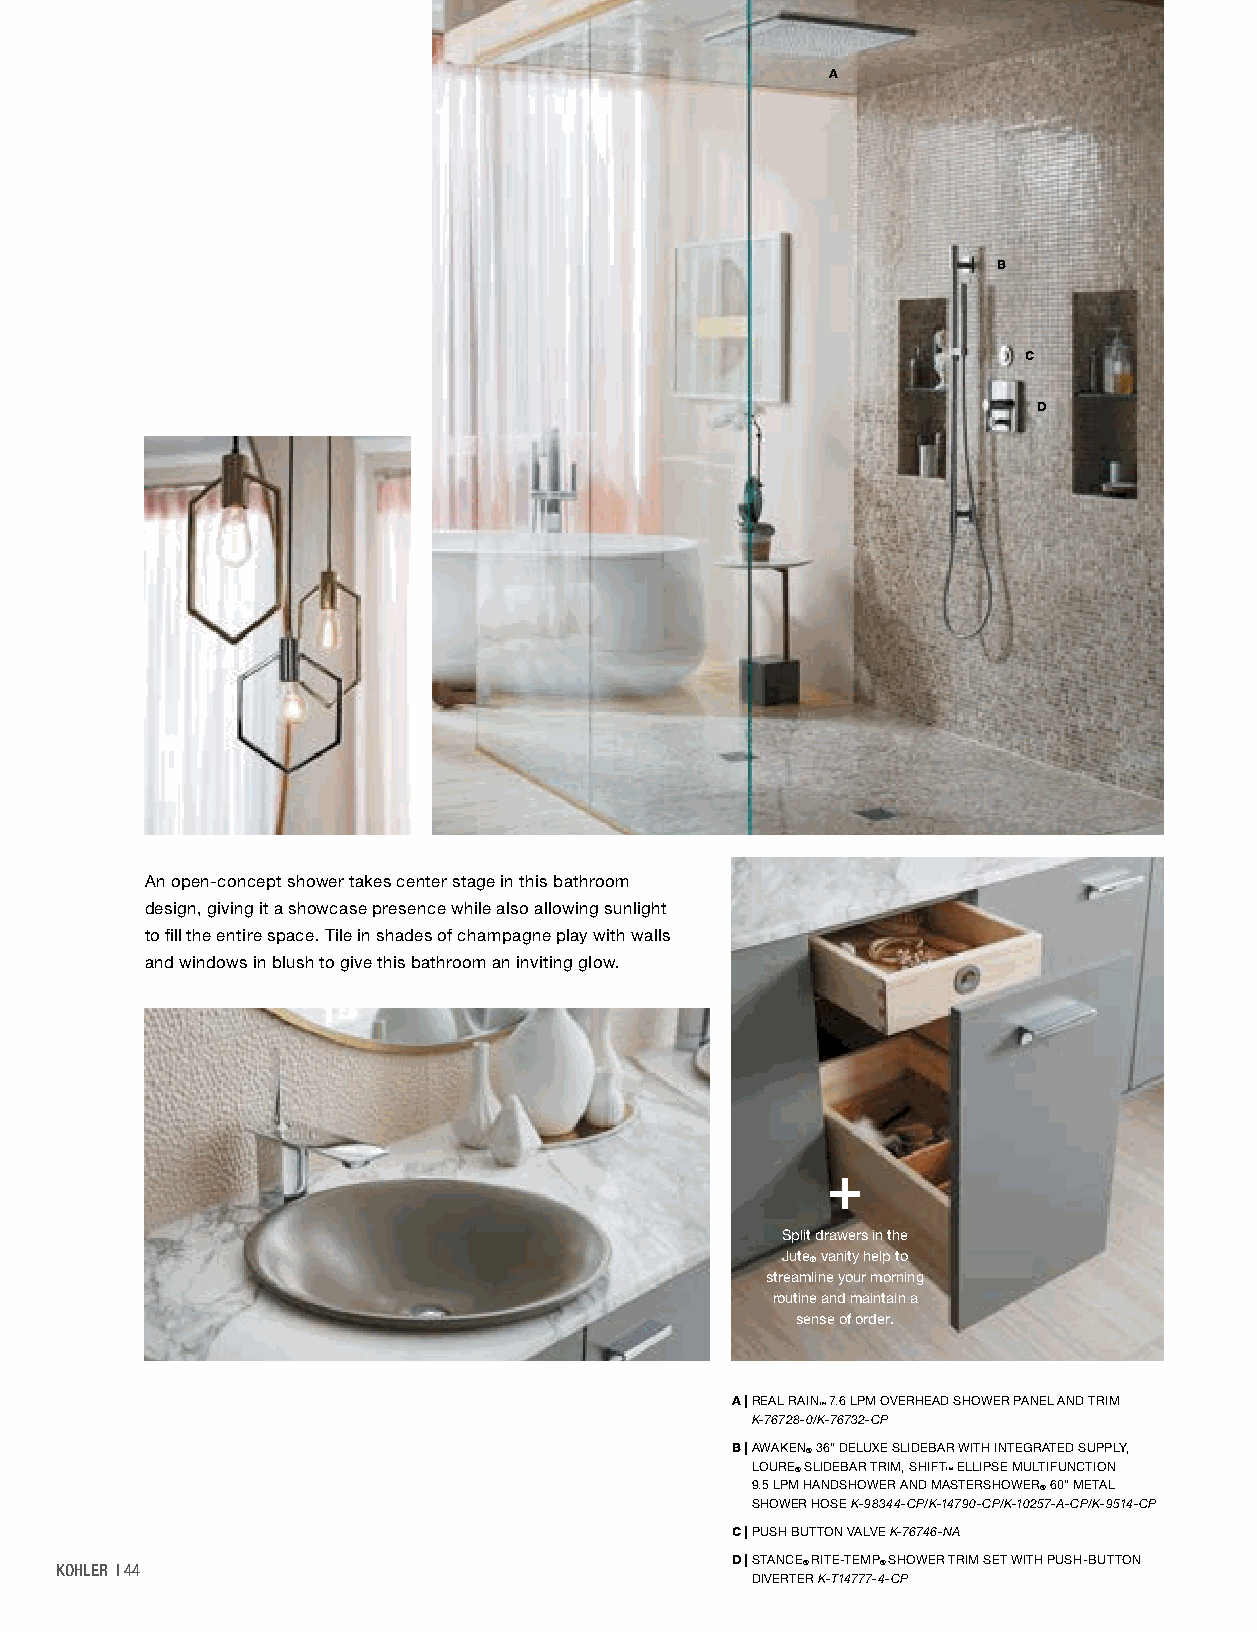
A
 B
 C
 D
 An open-concept shower takes center stage in this bathroom
 design, giving it a showcase presence while also allowing sunlight
 to fill the entire space. Tile in shades of champagne play with walls
 and windows in blush to give this bathroom an inviting glow.
 Split drawers in the
 Jute vanity help to
 ®
 streamline your morning
 routine and maintain a
 sense of order.
 A | REAL RAIN ™ 7.6 LPM OVERHEAD SHOWER PANEL AND TRIM
 K-76728-0/K-76732-CP
 B | AWAKEN® 36" DELUXE SLIDEBAR WITH INTEGRATED SUPPLY,
 LOURE® SLIDEBAR TRIM, SHIFT™ ELLIPSE MULTIFUNCTION
 9.5 LPM HANDSHOWER AND MASTERSHOWER® 60" METAL
 SHOWER HOSE K-98344-CP/K-14790-CP/K-10257-A-CP/K-9514-CP
 C | PUSH BUTTON VALVE K-76746-NA
 KOHLER | 44
 D | STANCE® RITE-TEMP® SHOWER TRIM SET WITH PUSH-BUTTON
 DIVERTER K-T14777-4-CP